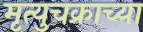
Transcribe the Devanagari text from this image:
मृत्युचक्राच्या